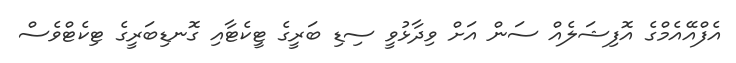
އެފްއޭއެމްގެ އޮފިޝަލެއް ސަން އަށް ވިދާޅުވީ ސިޑި ބަރީގެ ޓީކެޓާއި ގޮނޑިބަރީގެ ޓިކެޓްވެސް